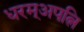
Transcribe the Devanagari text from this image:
धरम्अपत्नि